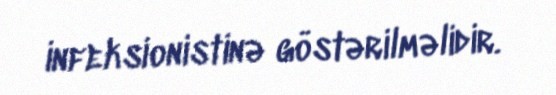
infeksionistinə göstərilməlidir.